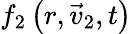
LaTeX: f_{2}\left(r,\vec{v}_{2},t\right)